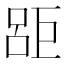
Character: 𱜗